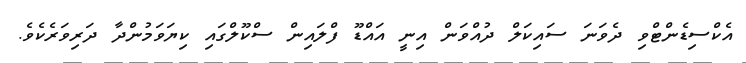
އެކްސިޑެންޓްވި ދެވަނަ ސައިކަލް ދުއްވަން އިނީ އައްޑޫ ފްލައިން ސްކޫލްގައި ކިޔަވަމުންދާ ދަރިވަރެކެވެ.